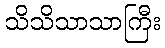
သိသိသာသာကြီး